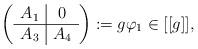
LaTeX: \begin{align*} \left( \begin{array}{c|c} A_1 & 0 \\ \hline A_3 & A_4 \end{array} \right) := g \varphi_1 \in [[g]] , \end{align*}